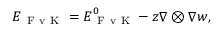
\boldsymbol { { E } } _ { \mathrm { ~ F ~ v ~ K ~ } } = \boldsymbol { { E } } _ { \mathrm { ~ F ~ v ~ K ~ } } ^ { 0 } - z \nabla \otimes \nabla w ,